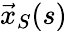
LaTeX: {\vec{x}}_{S}(s)